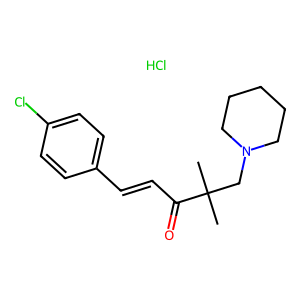
SMILES: CC(C)(CN1CCCCC1)C(=O)C=Cc1ccc(Cl)cc1.Cl
Inhibits HIV replication: No